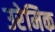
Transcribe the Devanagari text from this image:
उरेमिक